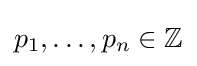
p_{1},\ldots ,p_{n}\in \mathbb {Z}